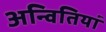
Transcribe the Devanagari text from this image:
अन्वितियां